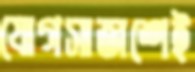
যোগসাজশেই